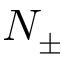
N _ { \pm }